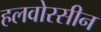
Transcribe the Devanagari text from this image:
हलवोरसीन